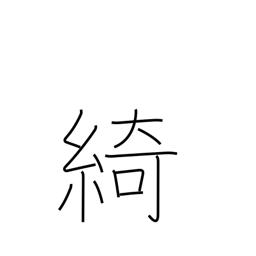
Meaning: beautiful